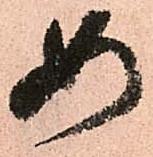
如